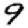
Digit: 9